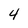
Character: 4